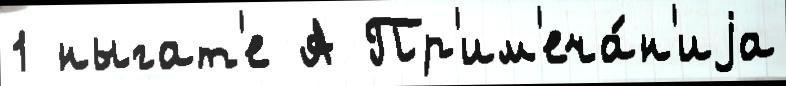
1 ныгат'е А Пр'им'еча́н'иjа